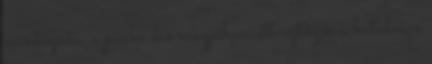
mintázatú, a picike dió magjában ott rejtőzik a hatalmas